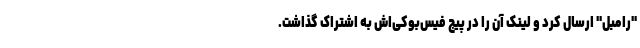
"رامبل" ارسال کرد و لینک آن را در پیج فیس‌بوکی‌اش به اشتراک گذاشت.